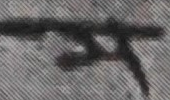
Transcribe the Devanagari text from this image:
त्र